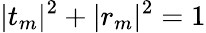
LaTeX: |t_{m}|^{2}+|r_{m}|^{2}=1